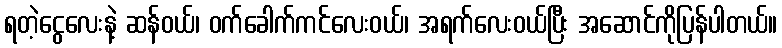
ရတဲ့ငွေလေးနဲ့ ဆန်ဝယ်၊ ဝက်ခေါက်ကင်လေးဝယ်၊ အရက်လေးဝယ်ပြီး အဆောင်ကိုပြန်ပါတယ်။